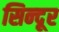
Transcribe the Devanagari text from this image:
सिन्‍दूर